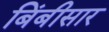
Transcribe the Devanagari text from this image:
बिंबीसार